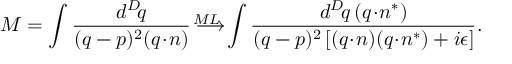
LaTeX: { \cal M } = \int \frac { d ^ { D } \! q } { ( q - p ) ^ { 2 } ( q \! \cdot \! n ) } \longrightarrow ^ { \! \! \! \! \! \! \! \! \! \! \! \! \! \! M L } \int \frac { d ^ { D } \! q \, ( q \! \cdot \! n ^ { * } ) } { ( q - p ) ^ { 2 } \left[ ( q \! \cdot \! n ) ( q \! \cdot \! n ^ { * } ) + i \epsilon \right] } .